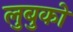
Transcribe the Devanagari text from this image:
लुबुको